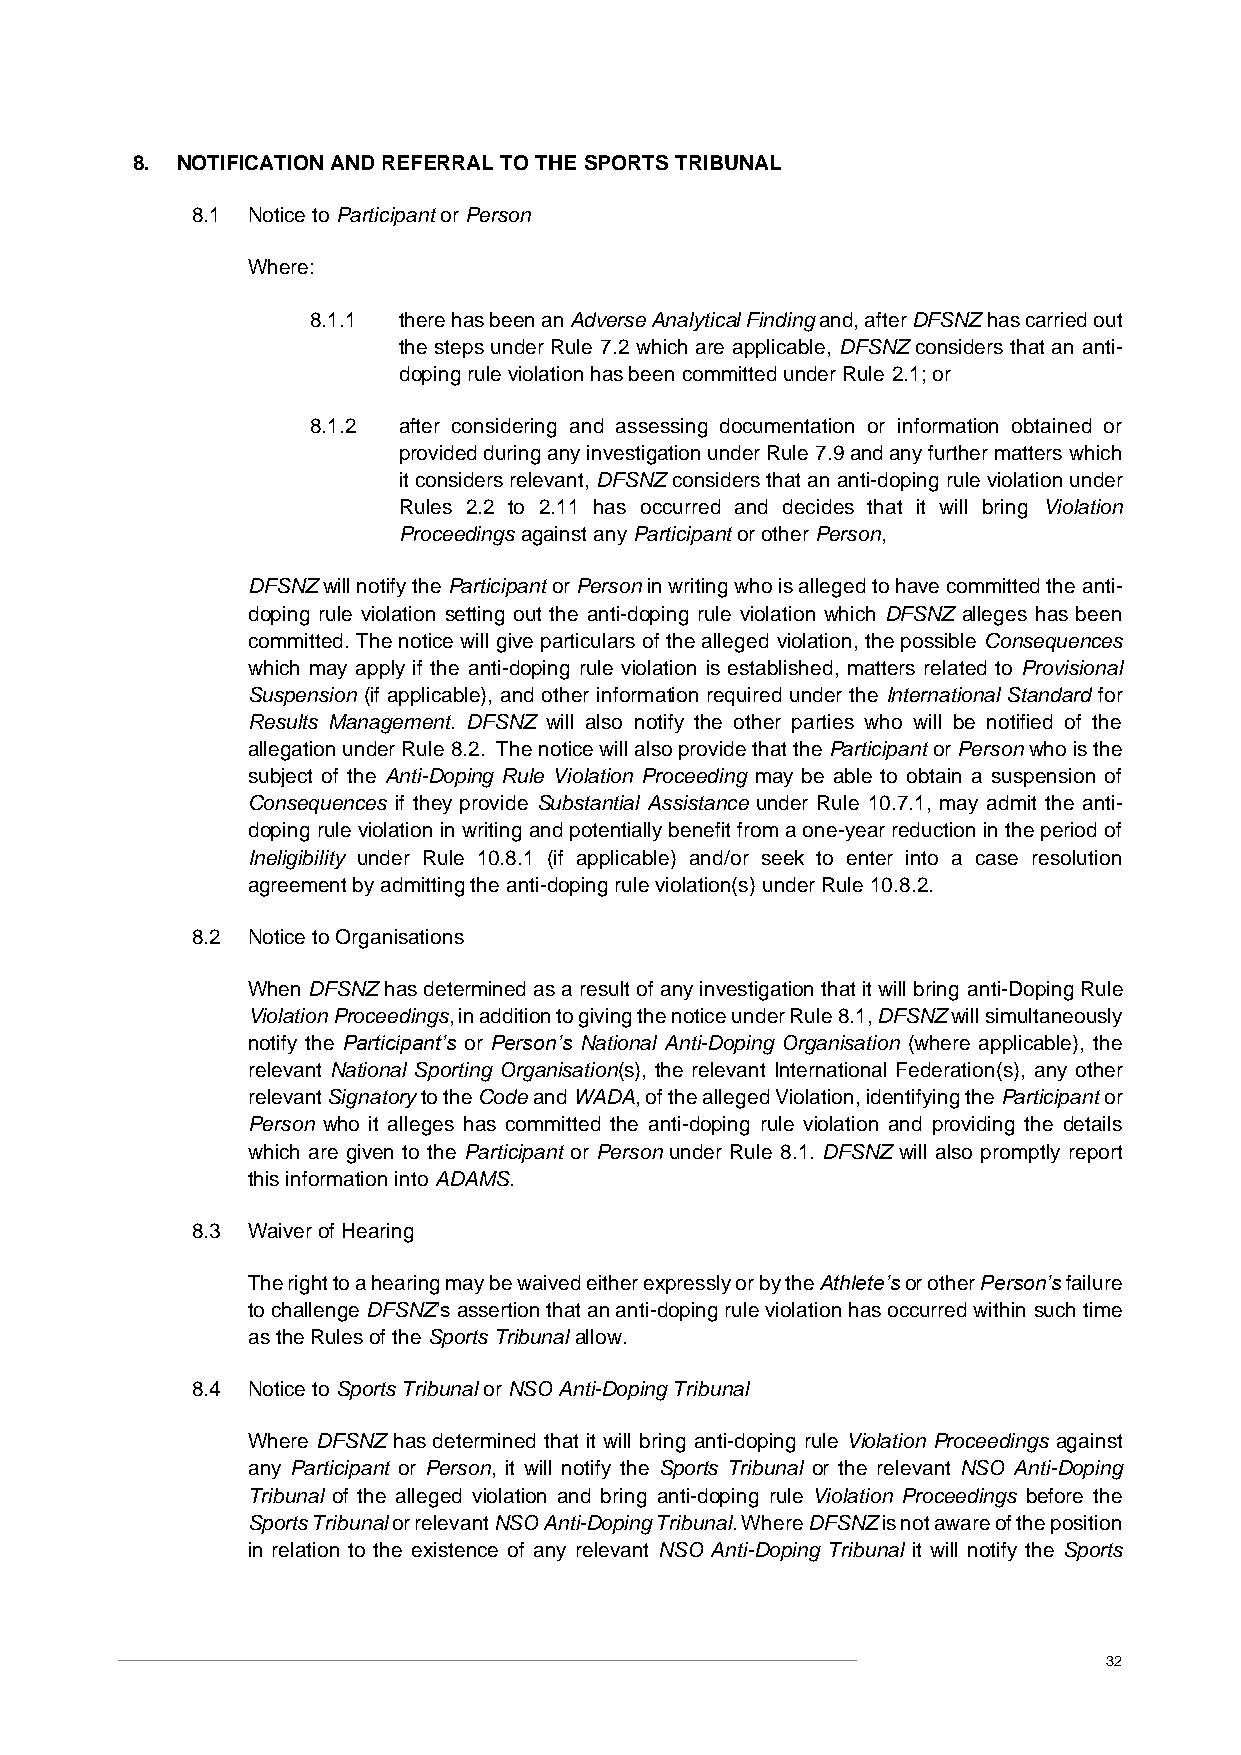
8. NOTIFICATION AND REFERRAL TO THE SPORTS TRIBUNAL
 8.1 Notice to Participant or Person
 Where:
 8.1.1 there has been an Adverse Analytical Finding and, after DFSNZ has carried out
 the steps under Rule 7.2 which are applicable, DFSNZ considers that an anti-
 doping rule violation has been committed under Rule 2.1; or
 8.1.2 after considering and assessing documentation or information obtained or
 provided during any investigation under Rule 7.9 and any further matters which
 it considers relevant, DFSNZ considers that an anti-doping rule violation under
 Rules 2.2 to 2.11 has occurred and decides that it will bring Violation
 Proceedings against any Participant or other Person,
 DFSNZ will notify the Participant or Person in writing who is alleged to have committed the anti-
 doping rule violation setting out the anti-doping rule violation which DFSNZ alleges has been
 committed. The notice will give particulars of the alleged violation, the possible Consequences
 which may apply if the anti-doping rule violation is established, matters related to Provisional
 Suspension (if applicable), and other information required under the International Standard for
 Results Management. DFSNZ will also notify the other parties who will be notified of the
 allegation under Rule 8.2. The notice will also provide that the Participant or Person who is the
 subject of the Anti-Doping Rule Violation Proceeding may be able to obtain a suspension of
 Consequences if they provide Substantial Assistance under Rule 10.7.1, may admit the anti-
 doping rule violation in writing and potentially benefit from a one-year reduction in the period of
 Ineligibility under Rule 10.8.1 (if applicable) and/or seek to enter into a case resolution
 agreement by admitting the anti-doping rule violation(s) under Rule 10.8.2.
 8.2 Notice to Organisations
 When DFSNZ has determined as a result of any investigation that it will bring anti-Doping Rule
 Violation Proceedings, in addition to giving the notice under Rule 8.1, DFSNZ will simultaneously
 notify the Participant’s or Person’s National Anti-Doping Organisation (where applicable), the
 relevant National Sporting Organisation(s), the relevant International Federation(s), any other
 relevant Signatory to the Code and WADA, of the alleged Violation, identifying the Participant or
 Person who it alleges has committed the anti-doping rule violation and providing the details
 which are given to the Participant or Person under Rule 8.1. DFSNZ will also promptly report
 this information into ADAMS.
 8.3 Waiver of Hearing
 The right to a hearing may be waived either expressly or by the Athlete’s or other Person’s failure
 to challenge DFSNZ’s assertion that an anti-doping rule violation has occurred within such time
 as the Rules of the Sports Tribunal allow.
 8.4 Notice to Sports Tribunal or NSO Anti-Doping Tribunal
 Where DFSNZ has determined that it will bring anti-doping rule Violation Proceedings against
 any Participant or Person, it will notify the Sports Tribunal or the relevant NSO Anti-Doping
 Tribunal of the alleged violation and bring anti-doping rule Violation Proceedings before the
 Sports Tribunal or relevant NSO Anti-Doping Tribunal. Where DFSNZ is not aware of the position
 in relation to the existence of any relevant NSO Anti-Doping Tribunal it will notify the Sports
 32